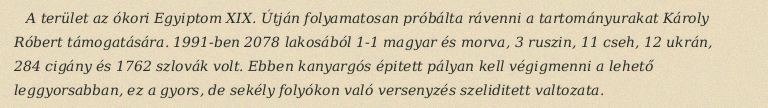
A terület az ókori Egyiptom XIX. Útján folyamatosan próbálta rávenni a tartományurakat Károly Róbert támogatására. 1991-ben 2078 lakosából 1-1 magyar és morva, 3 ruszin, 11 cseh, 12 ukrán, 284 cigány és 1762 szlovák volt. Ebben kanyargós épitett pályan kell végigmenni a lehető leggyorsabban, ez a gyors, de sekély folyókon való versenyzés szeliditett valtozata.